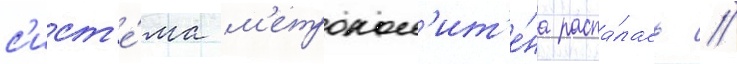
с'ист'е́ма м'етропол'ит'е́на распа́лась //